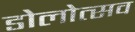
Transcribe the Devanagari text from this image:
डोलोत्सव